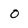
Character: o